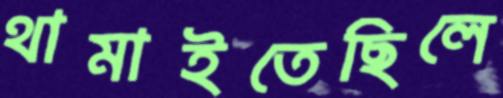
থামাইতেছিলে